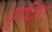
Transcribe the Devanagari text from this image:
दुपटिया